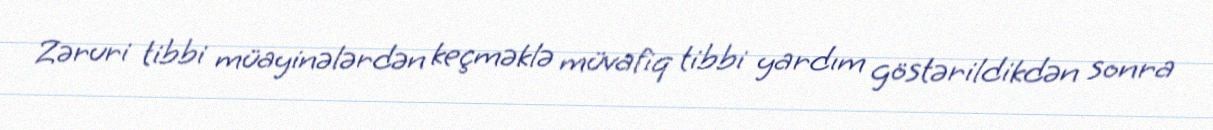
Zəruri tibbi müayinələrdən keçməklə müvafiq tibbi yardım göstərildikdən sonra